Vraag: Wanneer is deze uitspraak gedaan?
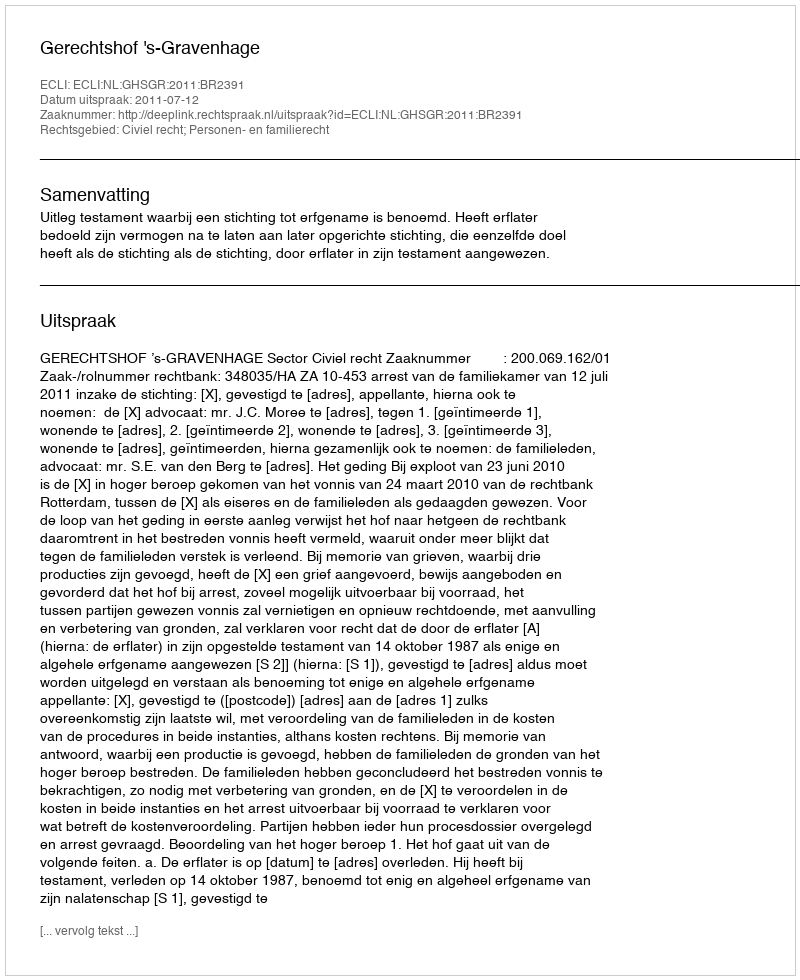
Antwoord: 2011-07-12